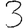
Digit: 3